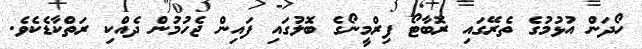
ހޯދަން އުޅުމުގެ ތެރޭގައި ރޮބާޓޯ ފިރްމީނޯގެ ބޮލުގައި ފައިން ޖެހުމުން ދެއްކި ރަތްކާޑެކެވެ.